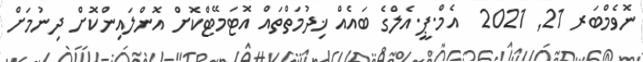
ނޮވެމްބަރ 21